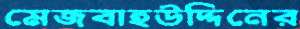
মেজবাহউদ্দিনের